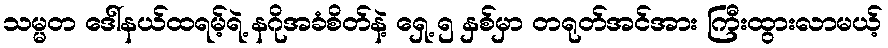
သမ္မတ ဒေါ်နယ်ထရမ့်ရဲ့ နဂိုအခံစိတ်နဲ့ ရှေ့ ၅ နှစ်မှာ တရုတ်အင်အား ကြီးထွားလာမယ့်